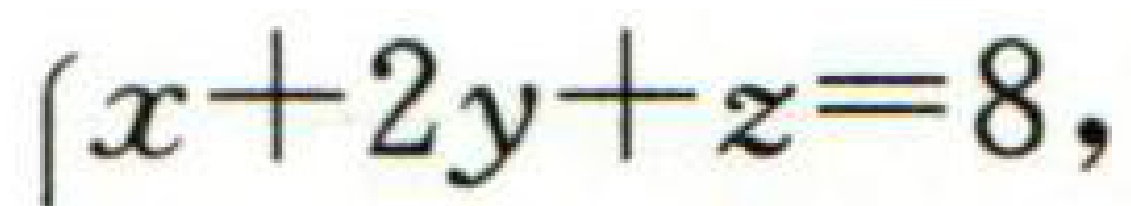
\(\begin{cases}x + 2y+z = 8,\end{cases}\)